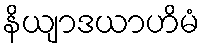
နိယျာဒယာဟိမံ